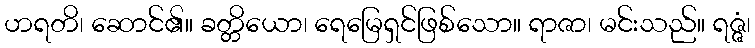
ဟရတိ၊ ဆောင်၏။ ခတ္တိယော၊ ရေမြေရှင်ဖြစ်သော။ ရာဇာ၊ မင်းသည်။ ရဇ္ဇံ၊